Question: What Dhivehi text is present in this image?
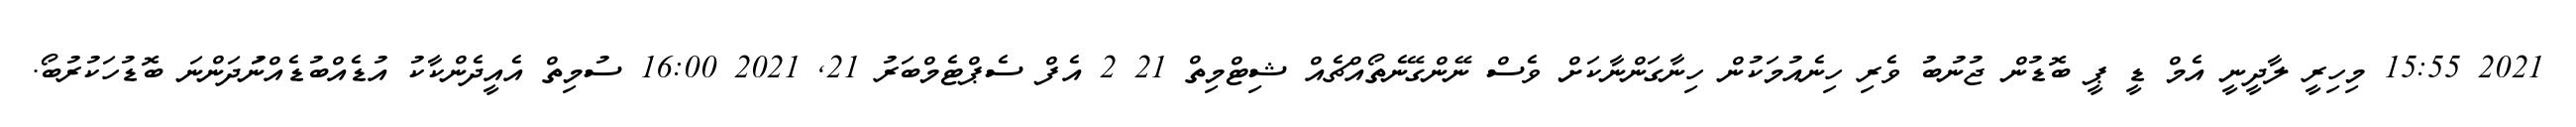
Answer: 2021 15:55 މިހިރީ ލާދީނީ އެމް ޑީ ޕީ ބޮޑުން ޖުނުބު ވެރި ހިނެއުމަކުން ހިނާގަންނާކަށް ވެސް ނޭންގޭނެތޯއްޗެއް ޝިޓްމިތް 21 2 އެފް ސެޕްޓެމްބަރު 21, 2021 16:00 ސުމިތް އެއީދެންކާކު އުޑެއްބުޑެއްނުަދަންނަ ބޮޑުހަކުރުބޯ.